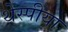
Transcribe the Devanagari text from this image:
थेस्पीया